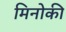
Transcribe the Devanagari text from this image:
मिनोकी